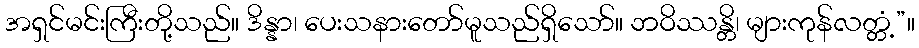
အရှင်မင်းကြီးတို့သည်။ ဒိန္နာ၊ ပေးသနားတော်မူသည်ရှိသော်။ ဘဝိဿန္တိ၊ များကုန်လတ္တံ့”။